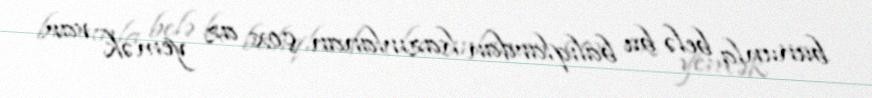
bununla belə bu balıqlardan hazırlanan çox az yemək var.